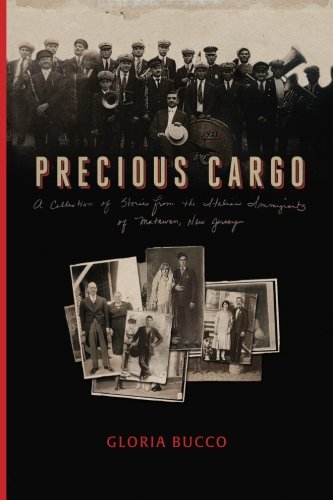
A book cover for Precious Cargo: A Collection of Stories from the Italian Immigrants of Matawan, New Jersey; Gloria Bucco; History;